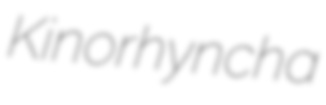
Kinorhyncha